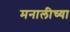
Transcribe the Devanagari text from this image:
मनालीच्या